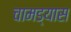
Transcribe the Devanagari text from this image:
चामड्यास